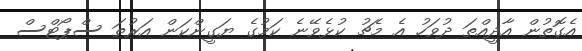
އެގޮތުން އާދީއްތަ ދުވަހު އެ މެޗު ކުޅެވޭނެ ކަމުގެ ޔަގީންކަން އަރުތަ ސްޕޯޓްސް